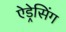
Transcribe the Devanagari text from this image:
ऐड्रेसिंग